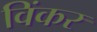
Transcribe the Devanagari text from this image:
विंकर